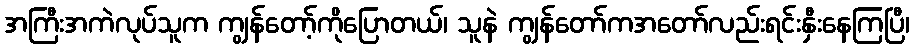
အကြီးအကဲလုပ်သူက ကျွန်တော့်ကိုပြောတယ်၊ သူနဲ ကျွန်တော်ကအတော်လည်းရင်းနှီးနေကြပြီ၊